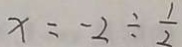
x = - 2 \div \frac { 1 } { 2 }